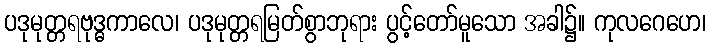
ပဒုမုတ္တရဗုဒ္ဓကာလေ၊ ပဒုမုတ္တရမြတ်စွာဘုရား ပွင့်တော်မူသော အခါ၌။ ကုလဂေဟေ၊